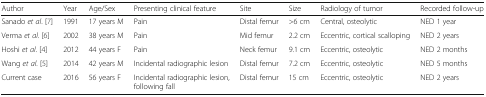
<table><thead><tr><td><b>Author</b></td><td><b>Year</b></td><td><b>Age/Sex</b></td><td><b>Presenting clinical feature</b></td><td><b>Site</b></td><td><b>Size</b></td><td><b>Radiology of tumor</b></td><td><b>Recorded follow-up</b></td></tr></thead><tbody><tr><td>Sanado <i>et al</i>. [7]</td><td>1991</td><td>17 years M</td><td>Pain</td><td>Distal femur</td><td>&gt;6 cm</td><td>Central, osteolytic</td><td>NED 1 year</td></tr><tr><td>Verma <i>et al</i>. [6]</td><td>2002</td><td>38 years M</td><td>Pain</td><td>Mid femur</td><td>2.2 cm</td><td>Eccentric, cortical scalloping</td><td>NED 2 years</td></tr><tr><td>Hoshi <i>et al</i>. [4]</td><td>2012</td><td>44 years F</td><td>Pain</td><td>Neck femur</td><td>9.1 cm</td><td>Eccentric, osteolytic</td><td>NED 2 months</td></tr><tr><td>Wang <i>et al</i>. [5]</td><td>2014</td><td>42 years M</td><td>Incidental radiographic lesion</td><td>Distal femur</td><td>7.2 cm</td><td>Eccentric, osteolytic</td><td>NED 5 months</td></tr><tr><td>Current case</td><td>2016</td><td>56 years F</td><td>Incidental radiographic lesion, following fall</td><td>Distal femur</td><td>15 cm</td><td>Eccentric, osteolytic</td><td>NED 2 years</td></tr></tbody></table>